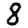
Digit: 8